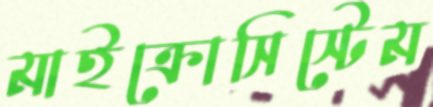
মাইক্রোসিস্টেম